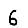
Digit: 6